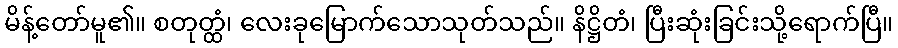
မိန့်တော်မူ၏။ စတုတ္ထံ၊ လေးခုမြောက်သောသုတ်သည်။ နိဋ္ဌိတံ၊ ပြီးဆုံးခြင်းသို့ရောက်ပြီ။